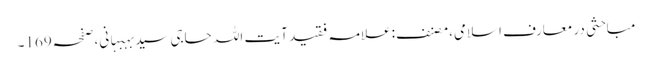
مباحثی در معارفِ اسلامی،مصنف:علامہ فقید آیت اللہ حاجی سیدبہبہانی،صفحہ169۔